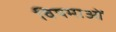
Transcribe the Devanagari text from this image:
विषमाओं